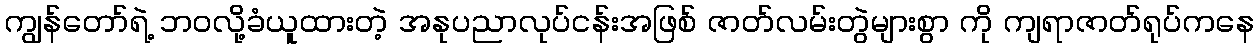
ကျွန်တော်ရဲ့ ဘဝလို့ခံယူထားတဲ့ အနုပညာလုပ်ငန်းအဖြစ် ဇာတ်လမ်းတွဲများစွာ ကို ကျရာဇာတ်ရုပ်ကနေ